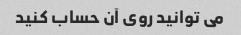
می توانید روی آن حساب کنید